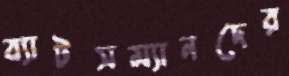
ব্যাটসম্যানদের